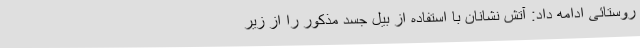
روستائی ادامه داد: آتش نشانان با استفاده از بیل جسد مذکور را از زیر